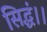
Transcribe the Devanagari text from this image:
सिद्धं।।